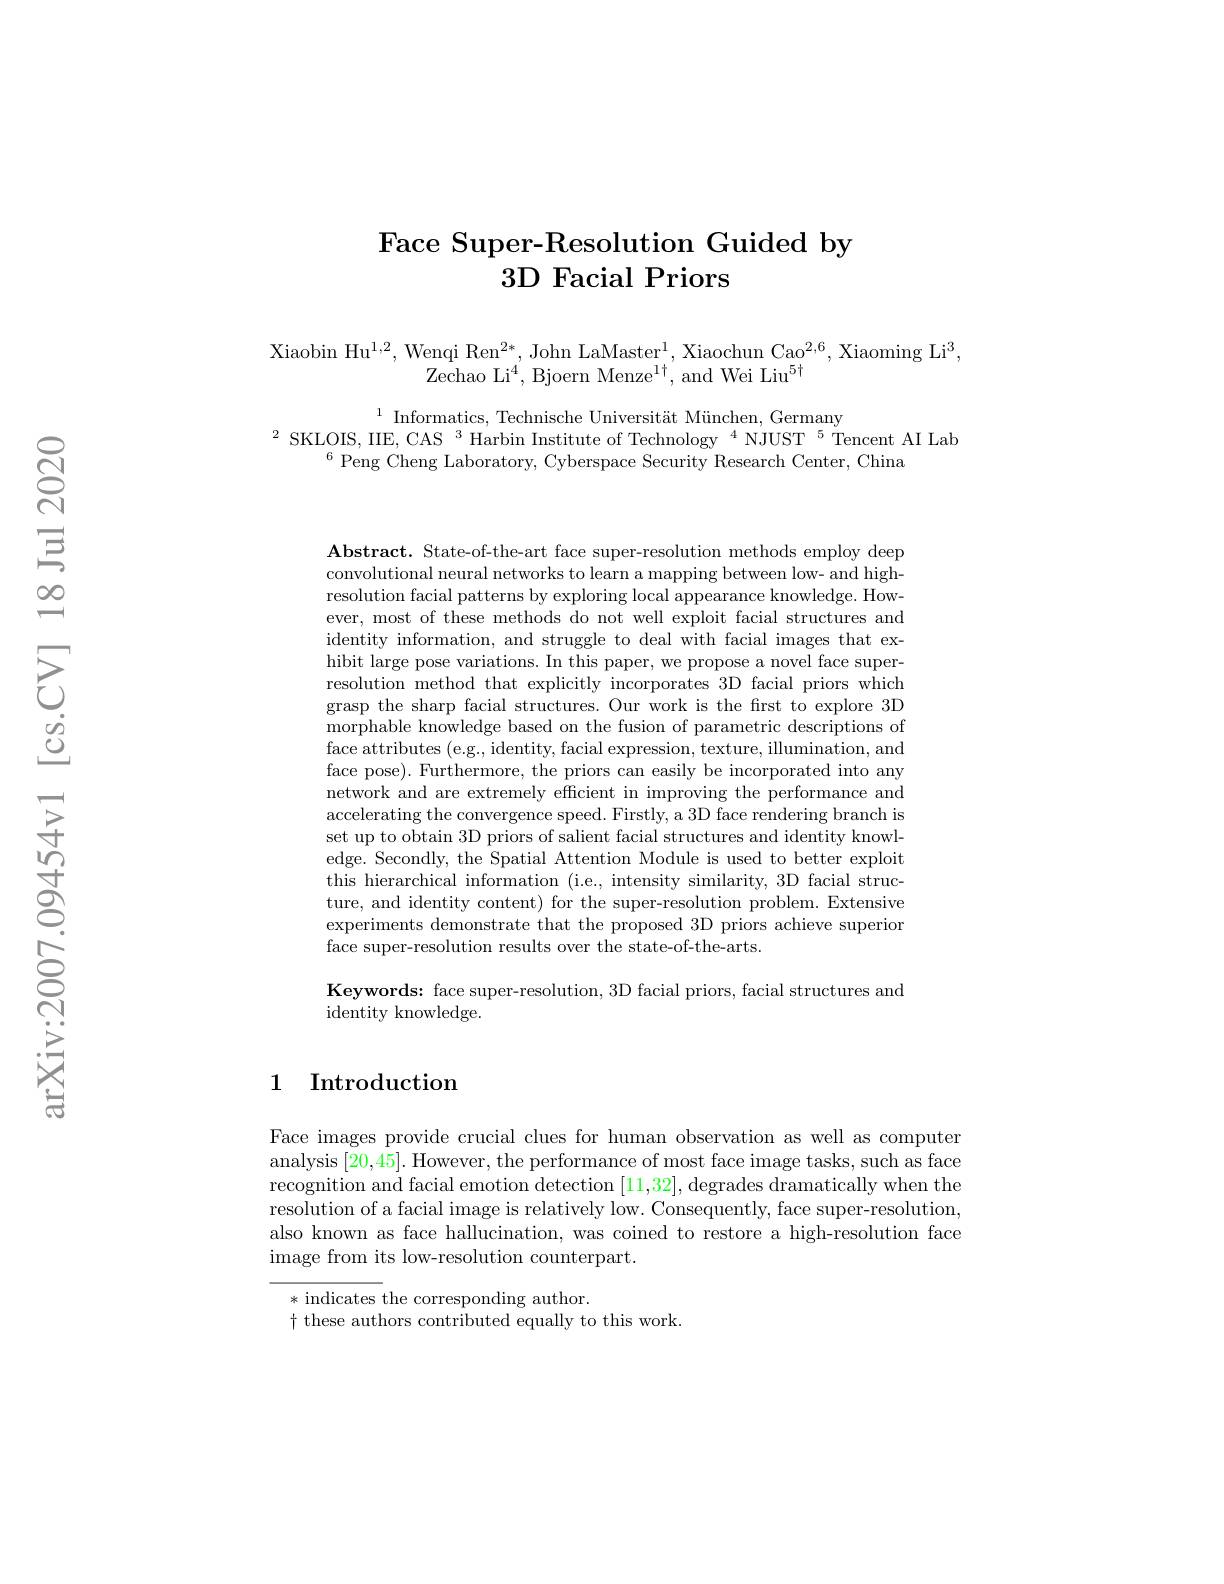
### $\textbf{Face Super- Resolution Guided by}$ 3D Facial Priors

Xiaobin Hu$^1,2$,Wenqi Ren$^2*$,John LaMaster$^1$,Xiaochun Cao$^2,6$,Xiaoming Li$^3$,
${\tilde{\text{Zechao Li}}^{4},\mathrm{Bjoern~Menze}^{1\dagger},\mathrm{and~Wei~Liu}^{5\dagger}}$

$^{1}\text{Informatics, Technische Universit\"{a} t M\"{u} nchen, Germany}{2}\text{SKLOIS, IIE, CAS }^{3}\text{Harbin Institute of Technology}^{4}\text{NJUST}^{5}$Tencent AI Lab$^{2}\text{SKLOIS, IIE, CAS }^{3}\text{Harbin Institute of Technology}^{4}\text{NJUST}^{5}$Tencent AI Lab$^{6}$Peng Cheng La

$\mathbf{Abstract.~State-of-the-art~face~super-resolution~methods~employ~deep}$ convolutional neural networks to learn a mapping between low- and highresolution facial patterns by exploring local appearance knowledge. However, most of these methods do not well exploit facial structures and identity information, and struggle to deal with facial images that exhibit large pose variations. In this paper, we propose a novel face superresolution method that explicitly incorporates 3D facial priors which grasp the sharp facial structures. Our work is the first to explore 3D morphable knowledge based on the fusion of parametric descriptions of face attributes (e.g., identity, facial expression, texture, illumination, and face pose). Furthermore, the priors can easily be incorporated into any network and are extremely efficient in improving the performance and accelerating the convergence speed. Firstly, a 3D face rendering branch is set up to obtain 3D priors of salient facial structures and identity knowledge. Secondly, the Spatial Attention Module is used to better exploit this hierarchical information (i.e., intensity similarity, 3D facial structure, and identity content) for the super-resolution problem. Extensive experiments demonstrate that the proposed 3D priors achieve superior face super-resolution results over the state-of-the-arts.

Keywords: face super-resolution, 3D facial priors, facial structures and
identity knowledge.

## 1 Introduction

Face images provide crucial clues for human observation as well as computer analysis [20,45]. However, the performance of most face image tasks, such as face recognition and facial emotion detection [11,32],degrades dramatically when the resolution of a facial image is relatively low. Consequently, face super-resolution, also known as face hallucination, was coined to restore a high-resolution face image from its low-resolution counterpart.

* indicates the corresponding author.
$\dagger$ these authors contributed equally to this work.